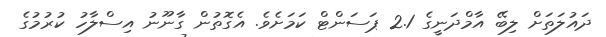
ދައުލަތަށް ލިބޭ އާމްދަނީގެ 2.1 ޕަސަންޓް ކަމަށެވެ. އެގޮތުން ގާނޫނު އިސްލާހު ކުރުމުގެ